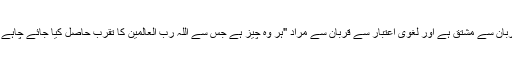
اردو کا لفظ قربانی قربان سے مشتق ہے اور لغوی اعتبار سے قربان سے مراد "ہر وہ چیز ہے جس سے اللہ رب العالمین کا تقرب حاصل کیا جائے چاہے ذبیحہ ہو یا کچھ اور۔